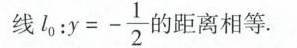
线 $$l_{0}:y=- \frac{1}{2}$$ 的距离相等。